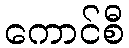
ကောင်စီ